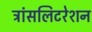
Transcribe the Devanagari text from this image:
ट्रांसलिटरेशन